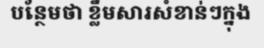
បន្ថែមថា ខ្លឹមសារសំខាន់ៗក្នុង